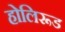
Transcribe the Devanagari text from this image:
होलिरूड